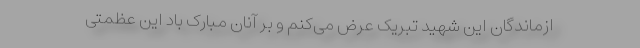
ازماندگان این شهید تبریک عرض می‌کنم و بر آنان مبارک باد این عظمتی